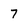
Character: 7